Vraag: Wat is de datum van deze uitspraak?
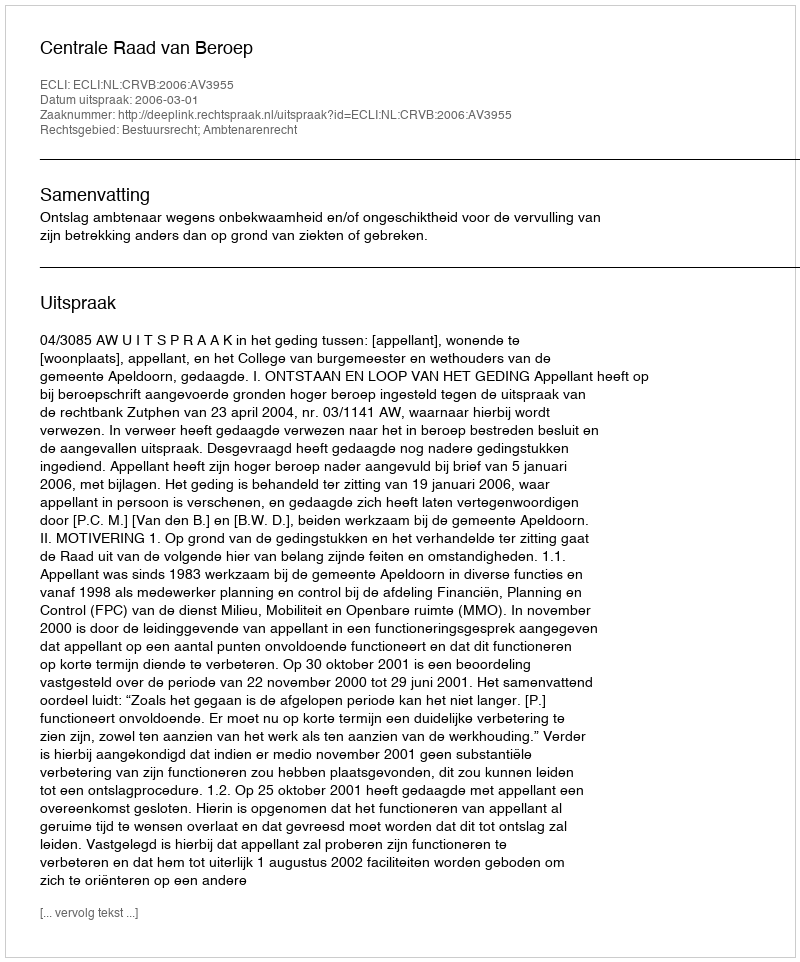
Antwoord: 2006-03-01